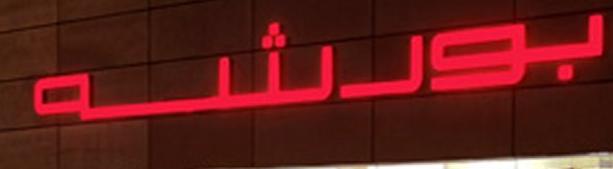
بورشه